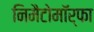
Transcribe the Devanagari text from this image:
निमैटोमॉर्फा